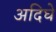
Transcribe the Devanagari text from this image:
अदिघे